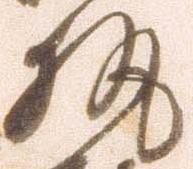
執